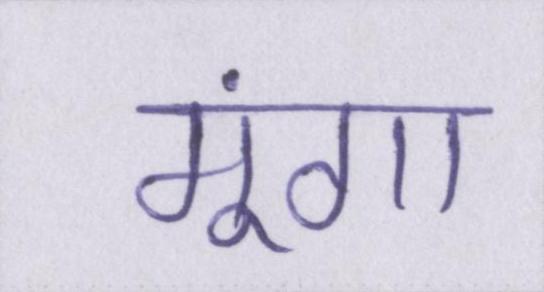
मूंगा